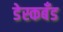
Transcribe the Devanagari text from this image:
डेस्कबँड